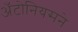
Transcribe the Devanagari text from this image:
अँटोनियसने